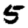
Digit: 5